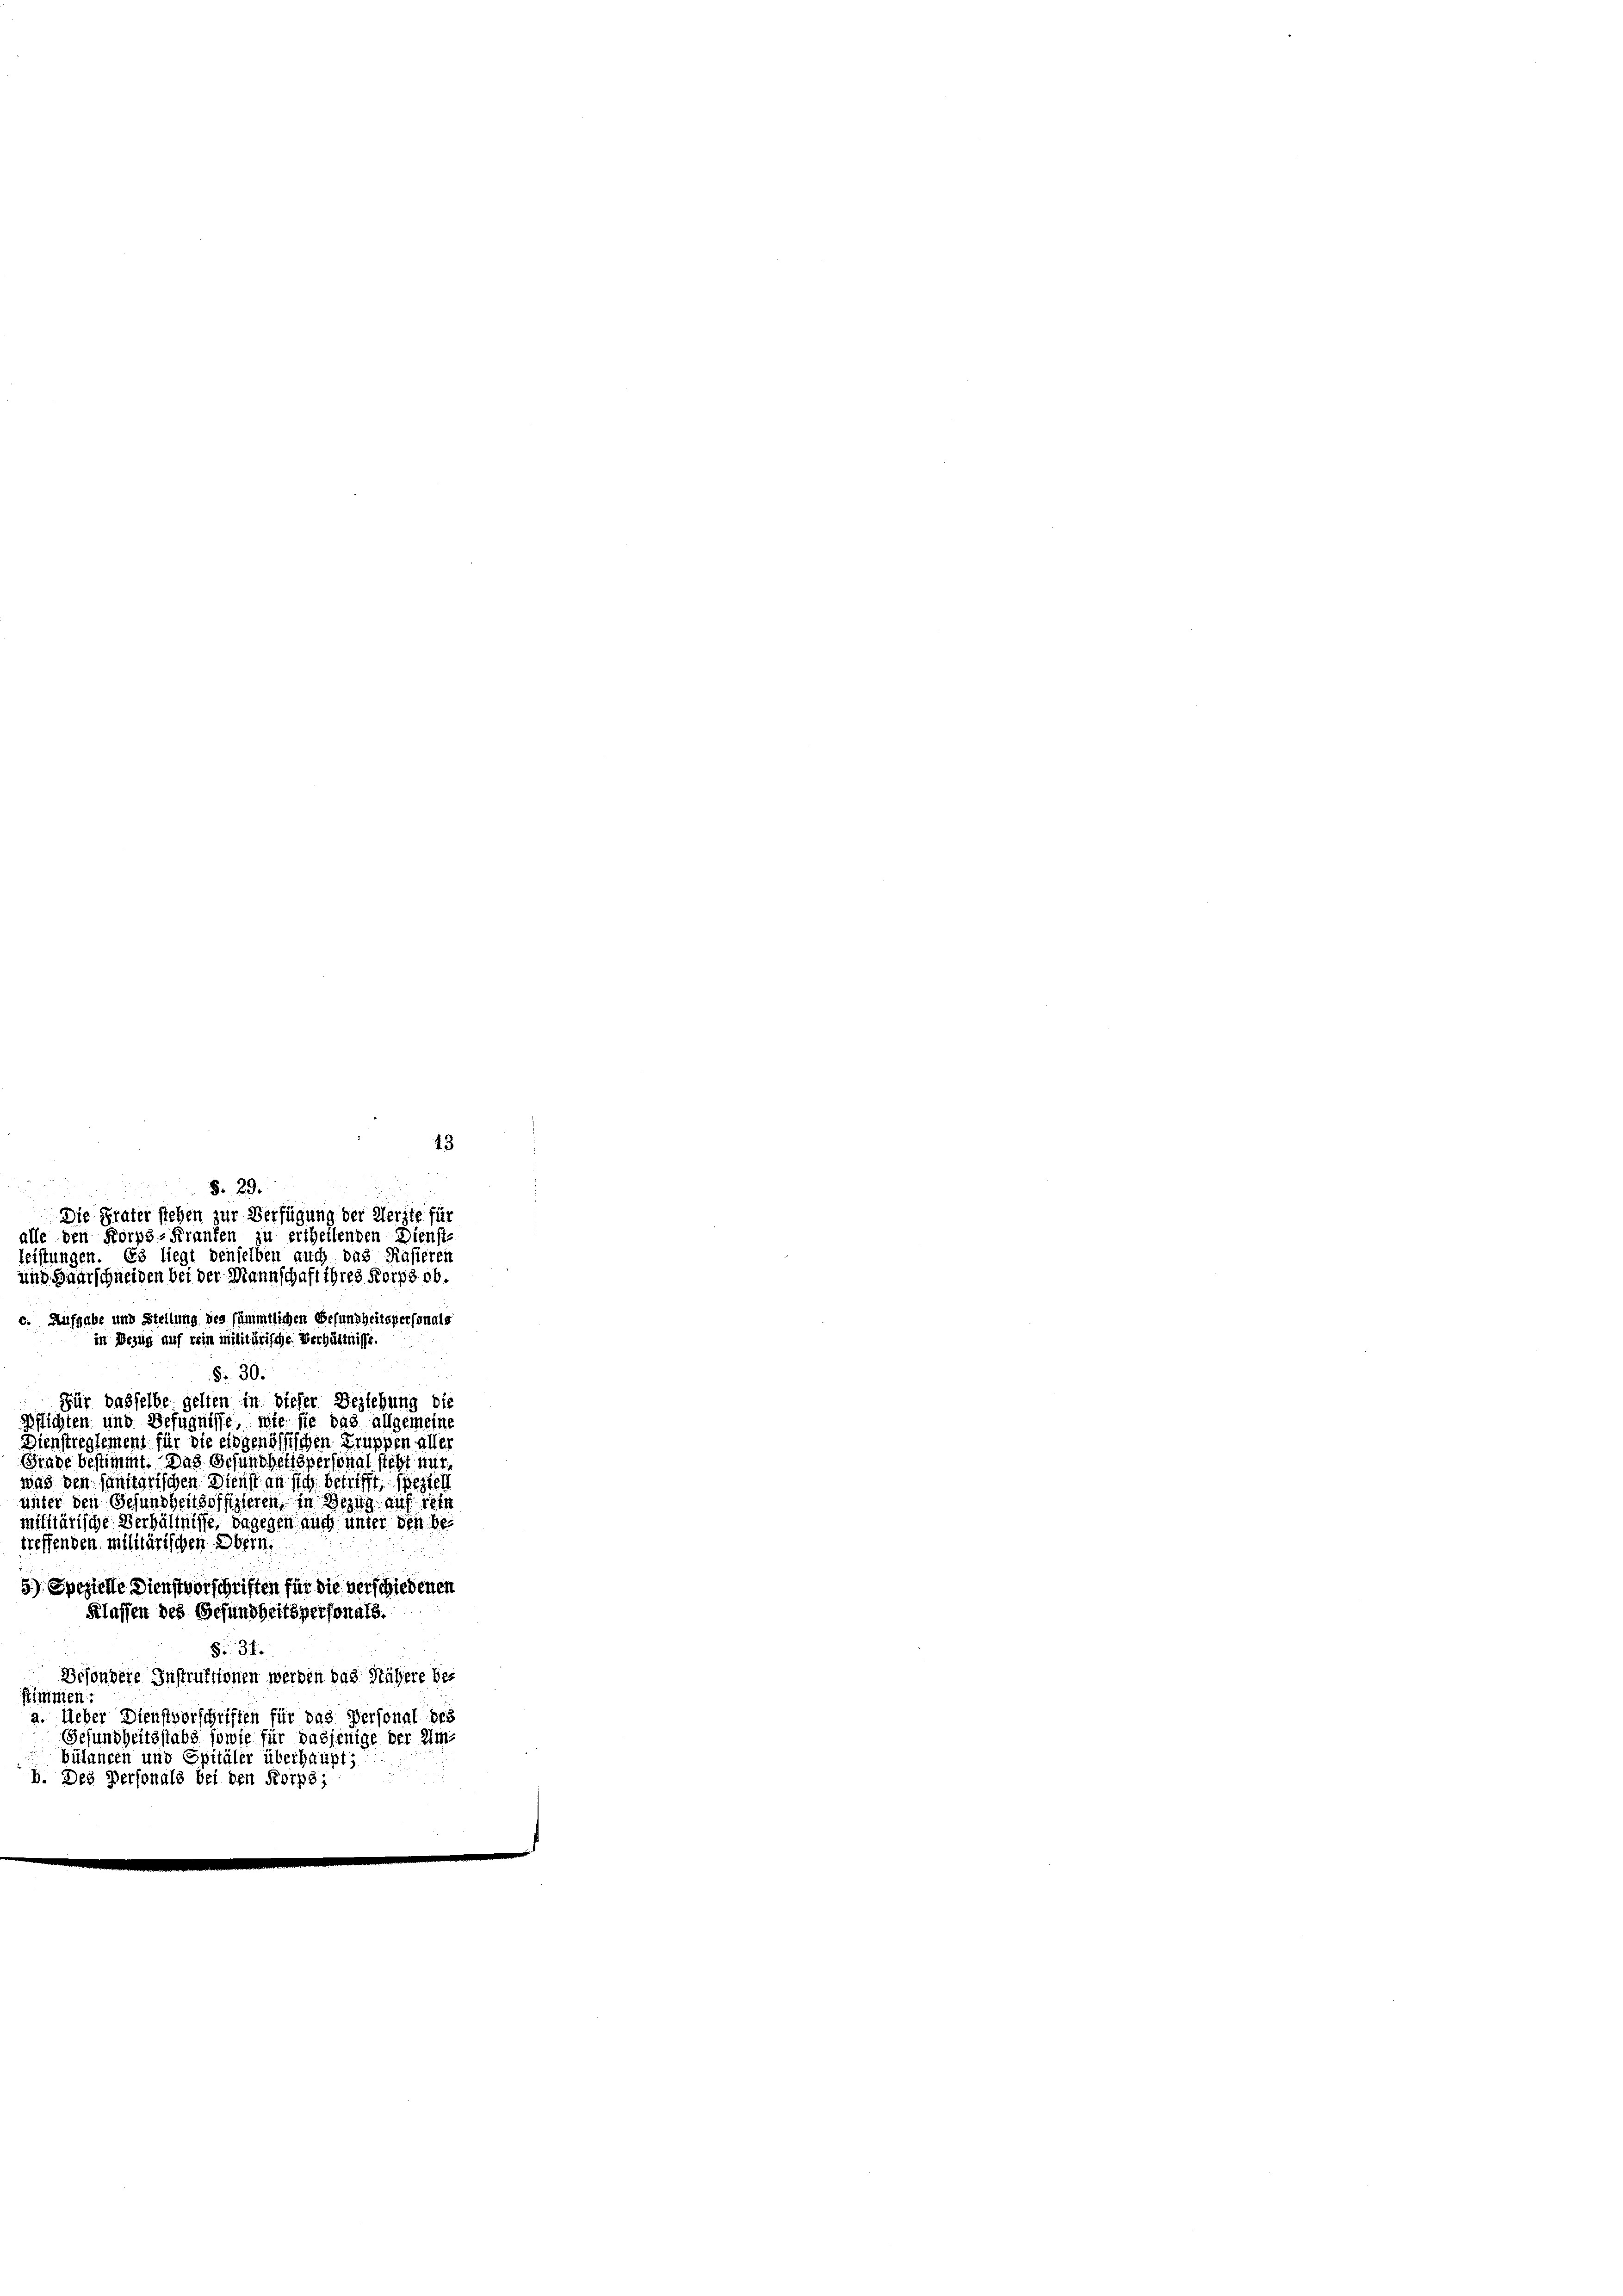
13
§. 29.
Die Präter stehen zur Verfügung der Herste fü
alle den Korps-Kranken zu ertheilenden Dienst-
eistungen. Es liegt denselben auch das Kasieren
und Haarschneiden bei der Mannschaft ihres Korps ob.
e. Aufgabe und Stellung des sämmtlichen Befundheitspersonals
in Bezug auf kein militärische Verhältni
§. 30.
Für dasselbe gelten in dieser Beziehung die
spflichten und Befugnisse, wie sie das allgemeine
Dienstreglement für die eidgenössischen Gruppen aller
Grade bestimmt. Das Gesundheitspersonal steht nur
as den sanstorischen Dienst an sich betrifft, speziell
unter den Gesundheitsoffizieren, in Bezug auf reic
militärische Verhältnisse, dagegen auch unter den betreffenden Militärischen Obern.
5) Spezielle Dienstvorschriften für die verschiedenen
Klassen des Gesundheitspersonals.
§. 31.
Besondere Instruktionen werden das Nähere betimmen
. Ueber Dienstvorschriften für das Personal des
Gesundheitsstabs sowie für dasjenige der Umbülangen und Spitäler überhaupt,
b. Des Personals bei den Korps: